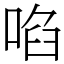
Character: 啗